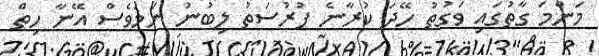
މަންމަ ގާތުގައި ވަގުތު ހޭދަ ކުރާނެ ފުރުސަތު ލިބުނު ނަމަވެސް އޭނާ ހިތް